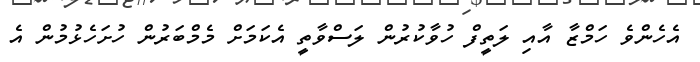
އެހެންވެ ހަމްޒާ އާއި ލަތީފް ހުވާކުރުން ލަސްވާތީ އެކަމަށް މެމްބަރުން ހުށަހެޅުމުން އެ